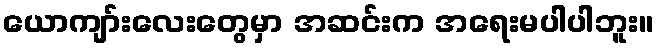
ယောကျာ်းလေးတွေမှာ အဆင်းက အရေးမပါပါဘူး။